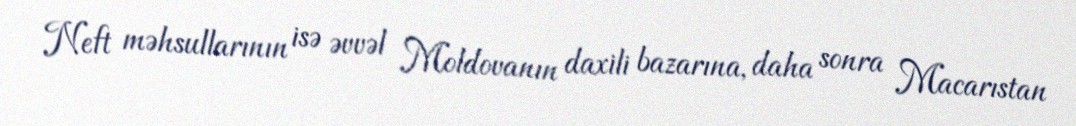
Neft məhsullarının isə əvvəl Moldovanın daxili bazarına, daha sonra Macarıstan